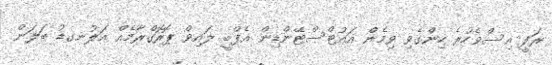
ރަފީ އިސްވެހުރެ ހިންގެވި ވިމެން އައުޓްސްޓޭންޑިން އެފްބީ ލައިވް ޕޮރޮގްރާމެއް އަލުނގޑު ބަލަން